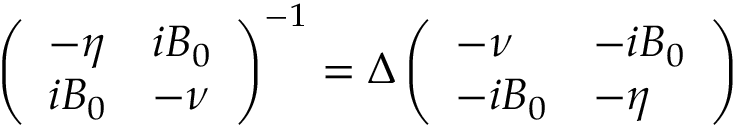
\left( \begin{array} { l l } { - \eta } & { i B _ { 0 } } \\ { i B _ { 0 } } & { - \nu } \end{array} \right) ^ { - 1 } = \Delta \left( \begin{array} { l l } { - \nu } & { - i B _ { 0 } } \\ { - i B _ { 0 } } & { - \eta } \end{array} \right)